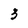
Character: 3